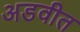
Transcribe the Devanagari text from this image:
अडवीत